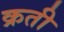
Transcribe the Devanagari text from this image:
क्रती